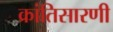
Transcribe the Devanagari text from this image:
क्रांतिसारणी